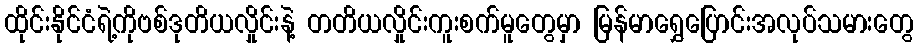
ထိုင်းနိုင်ငံရဲ့ကိုဗစ်ဒုတိယလှိုင်းနဲ့ တတိယလှိုင်းကူးစက်မူတွေမှာ မြန်မာရွှေပြောင်းအလုပ်သမားတွေ